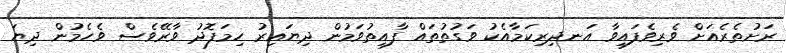
ރަށުތެރެއަށް ވެރިވެފައިވާ އަނދިރިކަމާއެކު ވަގުތުތައް ފާއިތުވަމުން ދިޔައިރު ހިމަފޮދު ވާރޭވެސް ވެހެމުން ދިޔަ